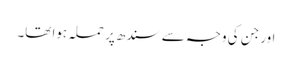
اور جن کی وجہ سے سندھ پر حملہ ہوا تھا۔